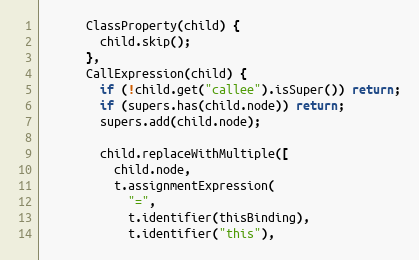
Language: JavaScript
      ClassProperty(child) {
        child.skip();
      },
      CallExpression(child) {
        if (!child.get("callee").isSuper()) return;
        if (supers.has(child.node)) return;
        supers.add(child.node);

        child.replaceWithMultiple([
          child.node,
          t.assignmentExpression(
            "=",
            t.identifier(thisBinding),
            t.identifier("this"),